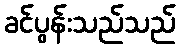
ခင်ပွန်းသည်သည်